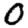
Digit: 0